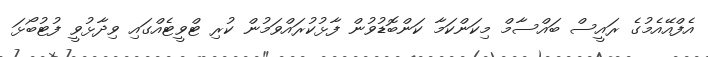
އެފްއޭއެމުގެ ރައީސް ބައްސާމް މިކަންކަމާ ކަންބޮޑުވުން ފާޅުކުރައްވަމުން ކުރި ޓްވީޓެއްގައި ވިދާޅުވީ ފުޓުބޯޅަ